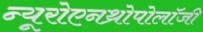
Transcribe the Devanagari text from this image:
न्यूरोएनथ्रोपोलॉजी